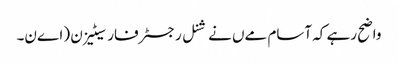
واضح رہے کہ آسام مےں نےشنل رجسٹر فار سیٹیزن (اےن۔